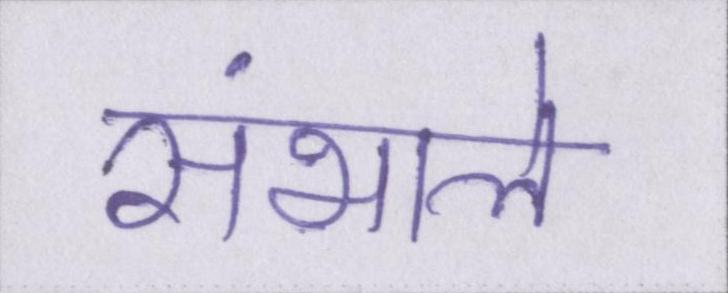
संभाले